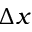
\Delta x